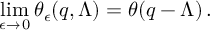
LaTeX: \operatorname * { l i m } _ { \epsilon \rightarrow \, 0 } \theta _ { \epsilon } ( q , \Lambda ) = \theta ( q - \Lambda ) \, .